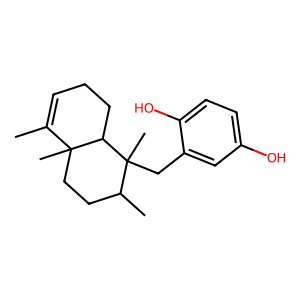
SMILES: CC1=CCCC2C1(C)CCC(C)C2(C)Cc1cc(O)ccc1O
Inhibits HIV replication: No